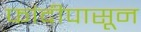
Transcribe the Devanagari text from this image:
फांदीपासून